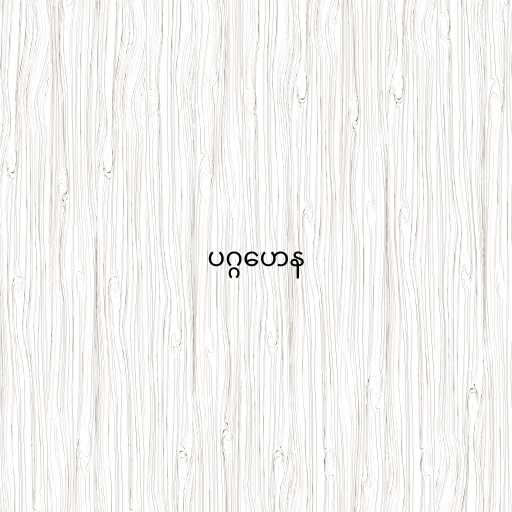
ပဂ္ဂဟေန